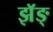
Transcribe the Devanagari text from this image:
झॅङ्